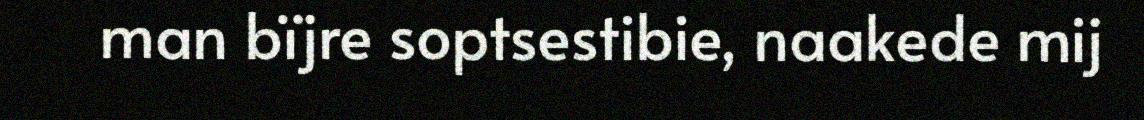
man bïjre soptsestibie, naakede mij